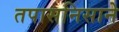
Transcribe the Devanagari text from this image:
तपासनिसाने